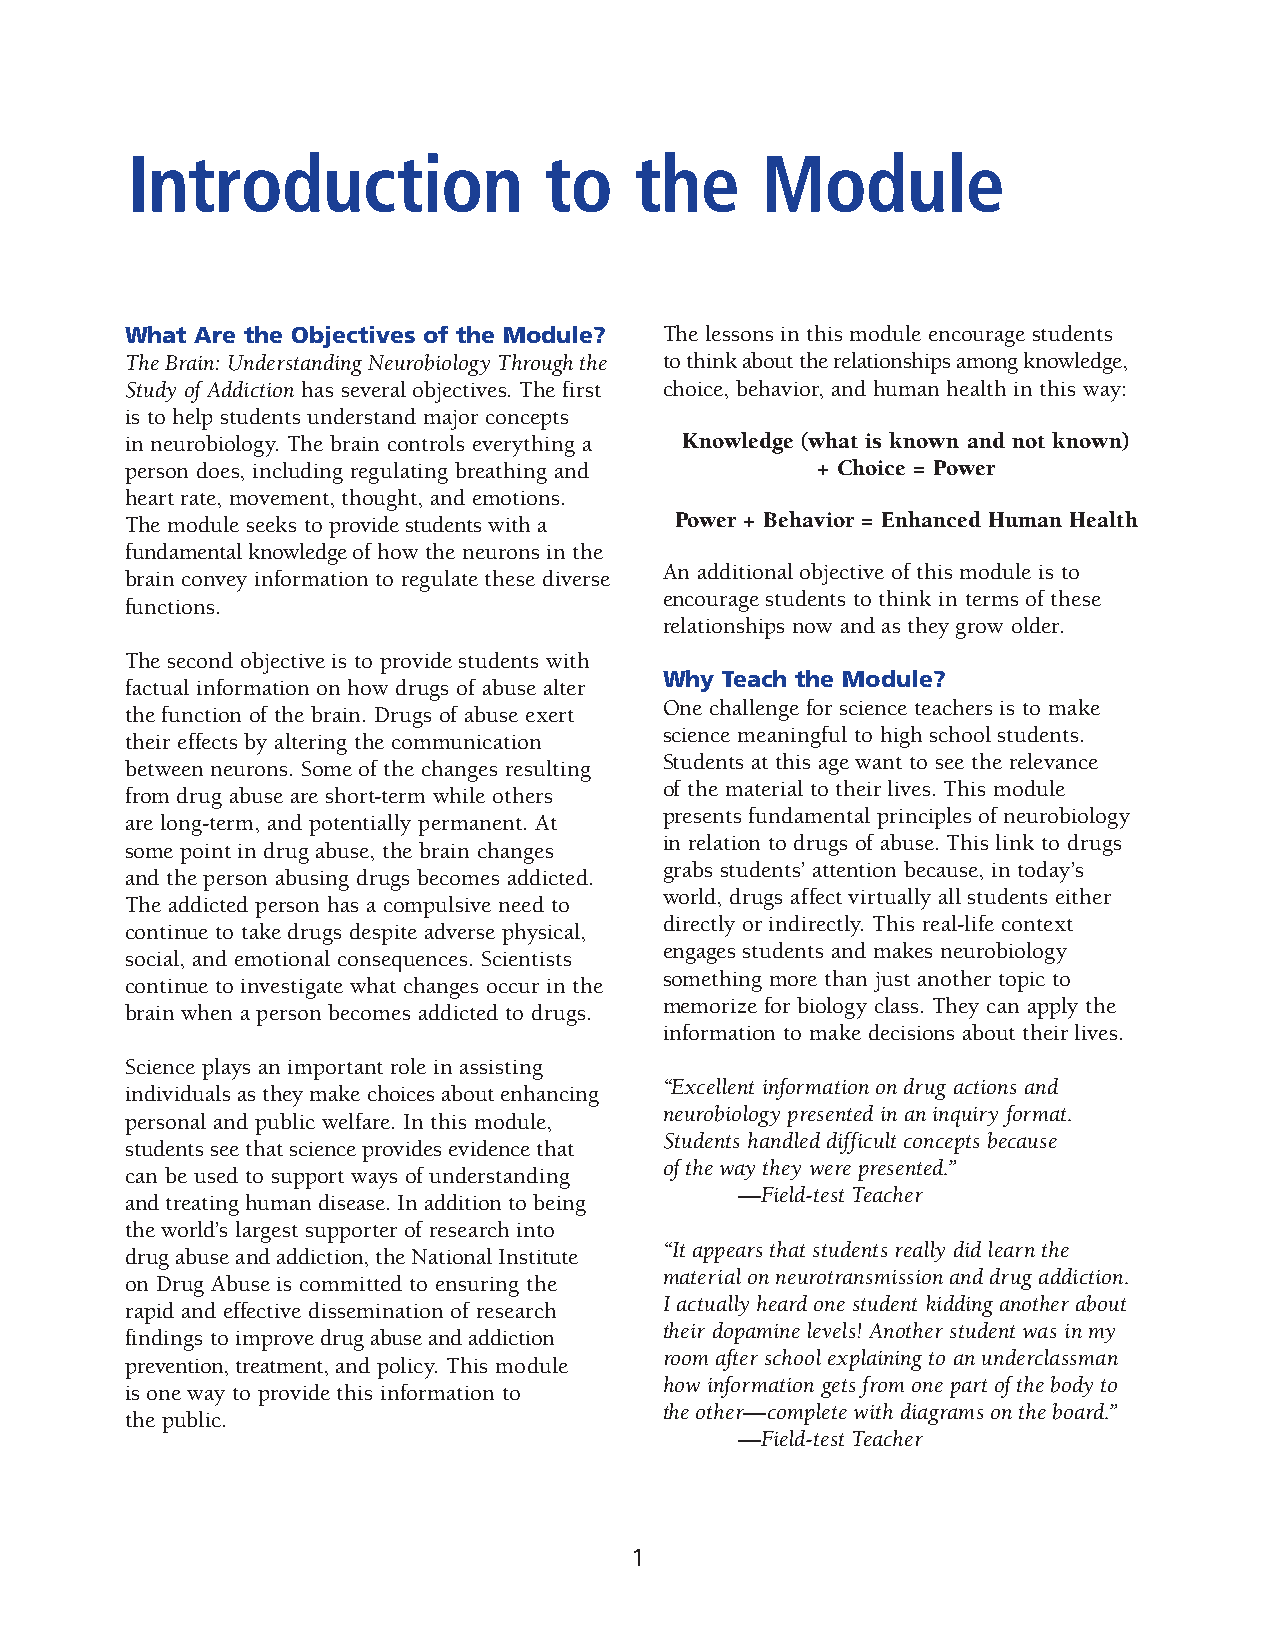
Introduction                to    the     Module
 What Are the Objectives of the Module? The lessons in this module encourage students
 The Brain: Understanding Neurobiology Through the to think about the relationships among knowledge,
 Study of Addiction has several objectives. The first choice, behavior, and human health in this way:
 is to help students understand major concepts
 in neurobiology. The brain controls everything a Knowledge (what is known and not known)
 person does, including regulating breathing and + Choice = Power
 heart rate, movement, thought, and emotions.
 The module seeks to provide students with a Power + Behavior = Enhanced Human Health
 fundamental knowledge of how the neurons in the
 An additional objective of this module is to
 brain convey information to regulate these diverse
 encourage students to think in terms of these
 functions.
 relationships now and as they grow older.
 The second objective is to provide students with
 Why Teach the Module?
 factual information on how drugs of abuse alter
 One challenge for science teachers is to make
 the function of the brain. Drugs of abuse exert
 science meaningful to high school students.
 their effects by altering the communication
 Students at this age want to see the relevance
 between neurons. Some of the changes resulting
 of the material to their lives. This module
 from drug abuse are short-term while others
 presents fundamental principles of neurobiology
 are long-term, and potentially permanent. At
 in relation to drugs of abuse. This link to drugs
 some point in drug abuse, the brain changes
 grabs students’ attention because, in today’s
 and the person abusing drugs becomes addicted.
 world, drugs affect virtually all students either
 The addicted person has a compulsive need to
 directly or indirectly. This real-life context
 continue to take drugs despite adverse physical,
 engages students and makes neurobiology
 social, and emotional consequences. Scientists
 something more than just another topic to
 continue to investigate what changes occur in the
 memorize for biology class. They can apply the
 brain when a person becomes addicted to drugs.
 information to make decisions about their lives.
 Science plays an important role in assisting
 “Excellent information on drug actions and
 individuals as they make choices about enhancing
 neurobiology presented in an inquiry format.
 personal and public welfare. In this module,
 Students handled difficult concepts because
 students see that science provides evidence that
 of the way they were presented.”
 can be used to support ways of understanding
 —Field-test Teacher
 and treating human disease. In addition to being
 the world’s largest supporter of research into
 “It appears that students really did learn the
 drug abuse and addiction, the National Institute
 material on neurotransmission and drug addiction.
 on Drug Abuse is committed to ensuring the
 I actually heard one student kidding another about
 rapid and effective dissemination of research
 their dopamine levels! Another student was in my
 findings to improve drug abuse and addiction
 room after school explaining to an underclassman
 prevention, treatment, and policy. This module
 how information gets from one part of the body to
 is one way to provide this information to
 the other—complete with diagrams on the board.”
 the public.
 —Field-test Teacher
 1